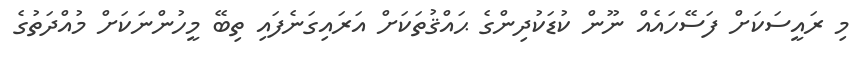
މި ރައީސަކަށް ފަސޭހައެއް ނޫން ކުޑަކުދިންގެ ޙައްޤުތަކަށް އަރައިގަނެފައި ތިބޭ މީހުންނަކަށް މުއްދަތުގެ